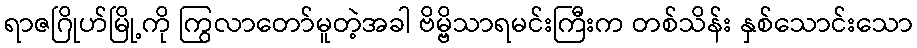
ရာဇဂြိုဟ်မြို့ကို ကြွလာတော်မူတဲ့အခါ ဗိမ္ဗိသာရမင်းကြီးက တစ်သိန်း နှစ်သောင်းသော